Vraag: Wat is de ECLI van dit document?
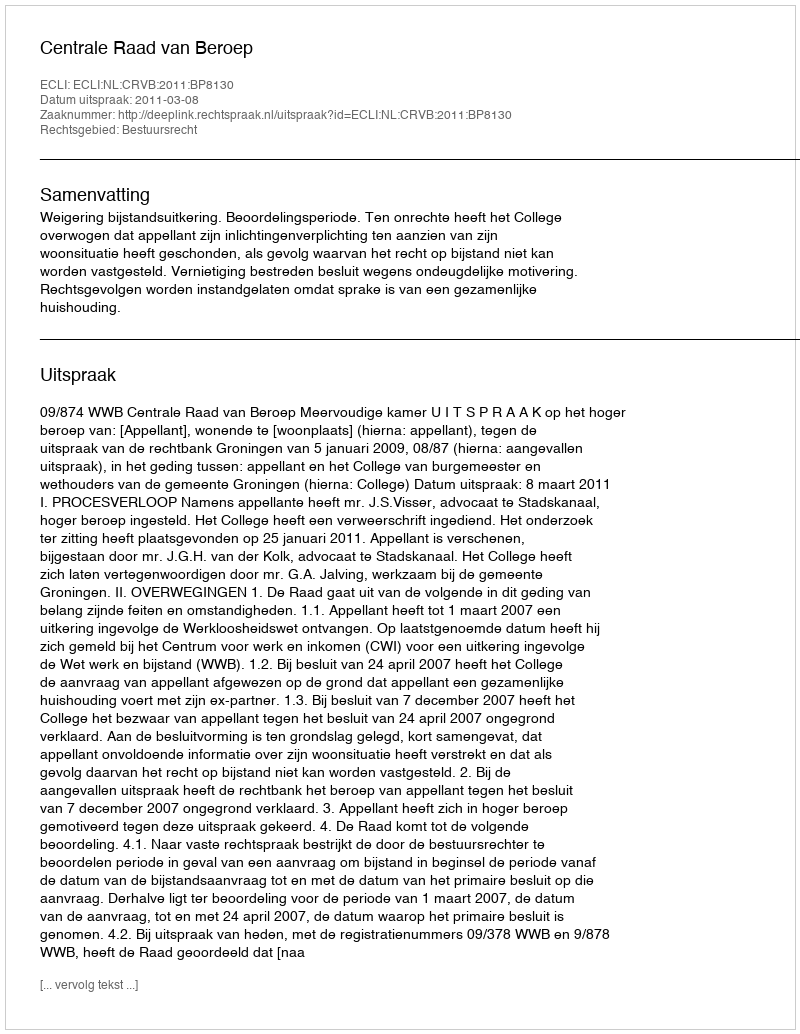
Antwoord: ECLI:NL:CRVB:2011:BP8130